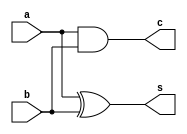
module half_adder(c, s, a, b);
input a, b;
output s, c;
xor sum(s,a,b);
and carry (c,a,b);
endmodule

module FA(sum_fa,carry_fa, a,b,c);
input wire a,b,c;
output sum_fa,carry_fa;
wire carry_ha, sum_ha, carry_ha2;
half_adder HA1 (carry_ha,sum_ha,  a, b);
half_adder HA2 (carry_ha2, sum_fa, sum_ha, c);
or Cout (carry_fa, carry_ha, carry_ha2);
endmodule